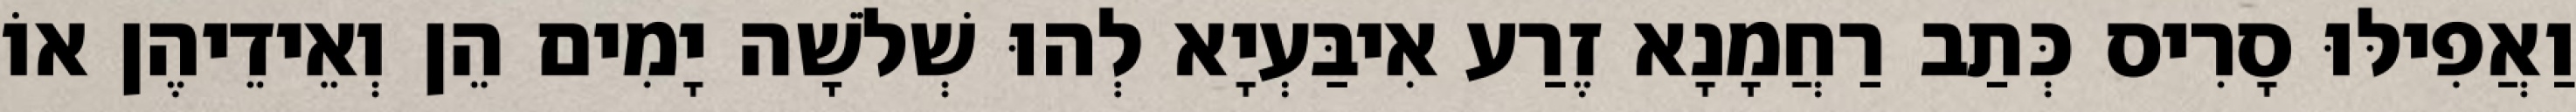
וַאֲפִילּוּ סָרִיס כְּתַב רַחֲמָנָא זֶרַע אִיבַּעְיָא לְהוּ שְׁלֹשָׁה יָמִים הֵן וְאֵידֵיהֶן אוֹ